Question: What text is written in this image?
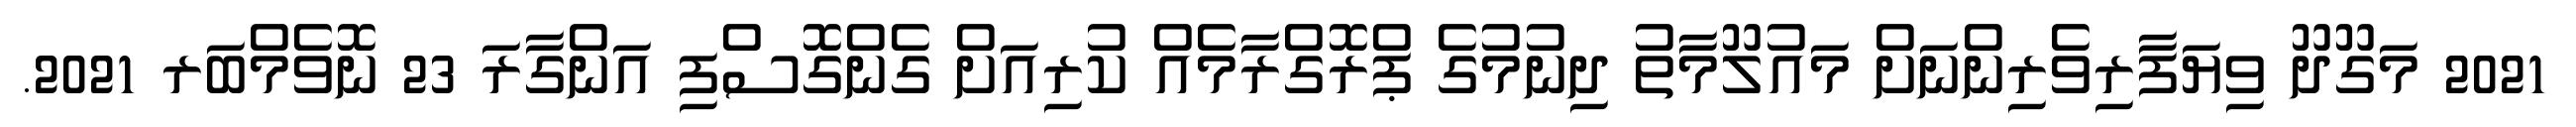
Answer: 2021 މަގޫދޫ ވިޔަފާރިވެރިންނަށް މައުލޫމާތު ދިނުމުގެ ޕްރޮގްރާމެއް ކުރިއަށް ގެންގޮސްފި އަންގާރަ 23 ނޮވެމްބަރ 2021.